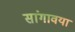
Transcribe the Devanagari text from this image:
सांगावया